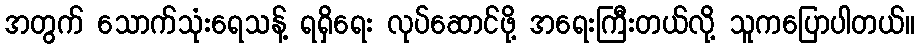
အတွက် သောက်သုံးရေသန့် ရရှိရေး လုပ်ဆောင်ဖို့ အရေးကြီးတယ်လို့ သူကပြောပါတယ်။